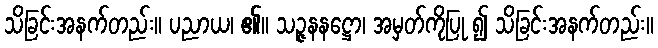
သိခြင်းအနက်တည်း။ ပညာယ၊ ၏။ သဉ္ဇနနဋ္ဌော၊ အမှတ်ကိုပြု ၍ သိခြင်းအနက်တည်း။